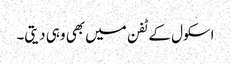
اسکول کے ٹفن میں بھی وہی دیتی۔